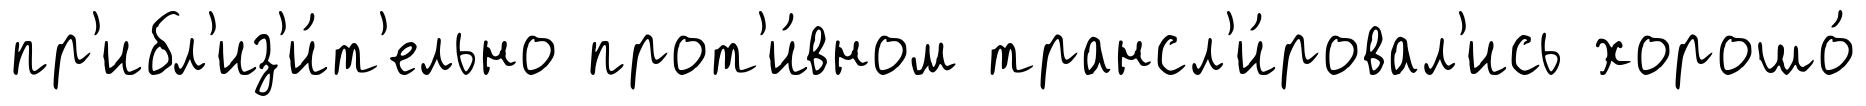
пр'ибл'из'и́т'ельно прот'и́вном трансл'и́ровал'ись хорошо́